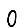
Digit: 0